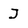
Character: J